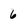
Character: 6